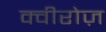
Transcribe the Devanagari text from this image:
क्वीरोज़